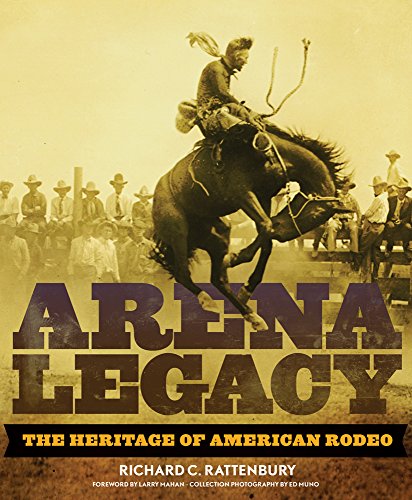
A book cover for Arena Legacy: The Heritage of American Rodeo (The Western Legacies Series); Richard C. Rattenbury; Sports & Outdoors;